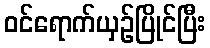
ဝင်ရောက်ယှဉ်ပြိုင်ပြီး